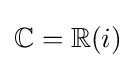
\mathbb {C} =\mathbb {R} (i)